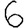
Digit: 6